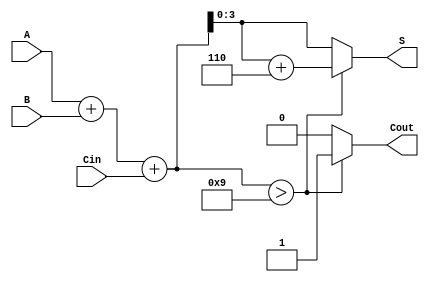
module BCD_Hybrid_Adder (
    input [3:0] A,    // First 4-bit BCD input
    input [3:0] B,    // Second 4-bit BCD input
    input Cin,        // Carry-in
    output reg [3:0] S, // 4-bit BCD output
    output reg Cout      // Carry-out
);

    wire [4:0] Sum;   // 5-bit sum to hold A + B + Cin
    wire correction;   // Signal to indicate if correction is needed

    // Step 1: Binary addition of A, B and Cin
    assign Sum = A + B + Cin;

    // Step 2: Determine if correction is needed
    assign correction = Sum > 9;

    // Step 3: BCD Correction and output assignment
    always @(*) begin
        if (correction) begin
            // If correction is needed, add 6 (0110)
            S = Sum + 6; 
            Cout = 1;   // Set carry-out
        end else begin
            S = Sum[3:0]; // Assign the lower 4 bits
            Cout = 0;     // No carry-out
        end
    end

endmodule